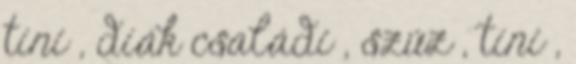
tini , diák családi , szűz , tini ,